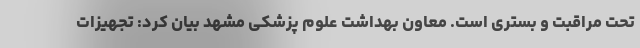
تحت مراقبت و بستری است. معاون بهداشت علوم پزشکی مشهد بیان کرد: تجهیزات